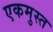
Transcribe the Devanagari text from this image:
एकमुस्त